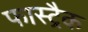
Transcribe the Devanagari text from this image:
फास्ट्रैक